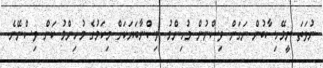
ނުވަތަ ނީމޭހިސާބުން ނަގަން ވިސްނުން މުހިންމު. ވިސްނާބަޔަކަށް މިކަމުގެ މުހިންމު ކަން ވިސްނޭނެ.